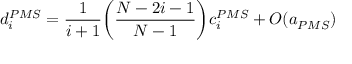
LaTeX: d _ { i } ^ { P M S } = \frac { 1 } { i + 1 } \bigg ( \frac { N - 2 i - 1 } { N - 1 } \bigg ) c _ { i } ^ { P M S } + O ( a _ { P M S } )